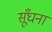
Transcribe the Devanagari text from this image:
सूँघना